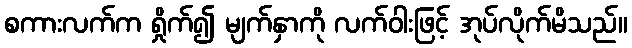
စကားလက်က ရှိုက်၍ မျက်နှာကို လက်ဝါးဖြင့် အုပ်လိုက်မိသည်။